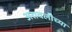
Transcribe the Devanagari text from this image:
अरावलीच्या